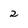
Character: 2